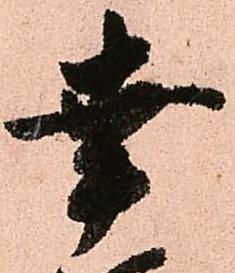
幸